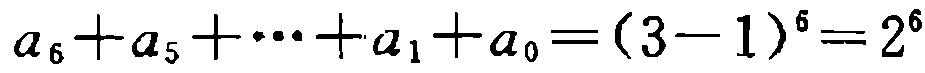
\(a_{6}+a_{5}+\cdots +a_{1}+a_{0}=(3 - 1)^{6}=2^{6}\)